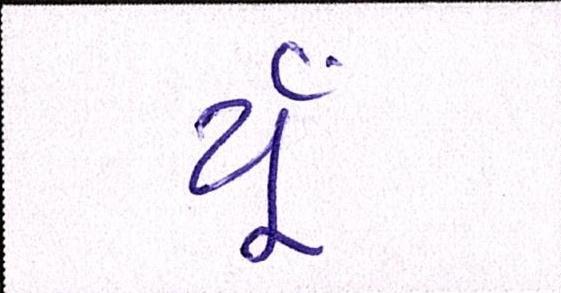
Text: યૂઁ